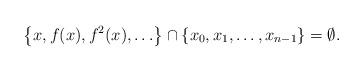
LaTeX: \begin{align*} \left\{x,f(x),f^2(x),\ldots \right\}\cap \{x_0,x_1,\ldots,x_{n-1}\}=\emptyset. \end{align*}